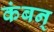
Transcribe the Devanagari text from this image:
कंबन्